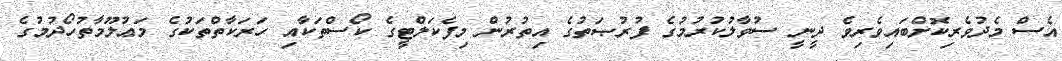
އެސް މެދުވެރިކޮށްބައިވެރިވެ ދީނީ ސުވާލުކުރުމުގެ ފުރުޞަތުގެ އިތުރުން މިފެކަލްޓީގެ ކޯސްތަކާއި ހަރަކާތްތަކުގެ މަޢުލޫމާތުހޯދުމުގެ